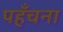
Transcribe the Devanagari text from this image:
पहँचना